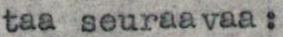
taa seuraavaa: